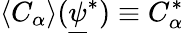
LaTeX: \langle C_{\alpha}\rangle(\underline{{\psi}}^{*})\equiv C_{\alpha}^{*}